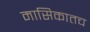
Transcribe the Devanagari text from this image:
मासिकातच